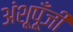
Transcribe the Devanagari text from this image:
अंशूपूँजी